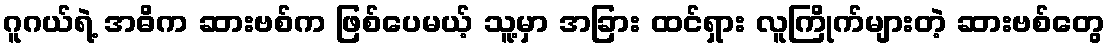
ဂူဂယ်ရဲ့ အဓိက ဆားဗစ်က ဖြစ်ပေမယ့် သူ့မှာ အခြား ထင်ရှား လူကြိုက်များတဲ့ ဆားဗစ်တွေ